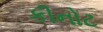
કીનોટ